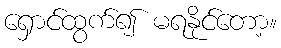
ရှောင်ထွက်၍ မရနိုင်တော့။